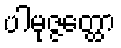
ပါမုဇ္ဇတ္ထော